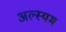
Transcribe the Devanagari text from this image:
अल्स्यम